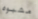
مشبوه